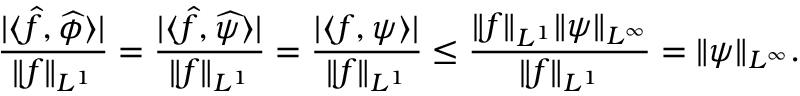
\frac { | \langle \widehat { f } , \widehat { \phi } \rangle | } { \| f \| _ { L ^ { 1 } } } = \frac { | \langle \widehat { f } , \widehat { \psi } \rangle | } { \| f \| _ { L ^ { 1 } } } = \frac { | \langle f , \psi \rangle | } { \| f \| _ { L ^ { 1 } } } \leq \frac { \| f \| _ { L ^ { 1 } } \| \psi \| _ { L ^ { \infty } } } { \| f \| _ { L ^ { 1 } } } = \| \psi \| _ { L ^ { \infty } } .